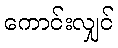
ကောင်းလျှင်